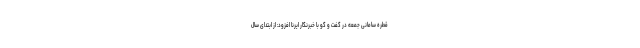
قطره سامانی جمعه در گفت و گو با خبرنگار ایرنا افزود: از ابتدای سال